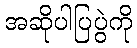
အဆိုပါပြပွဲကို